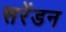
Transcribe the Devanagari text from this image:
सरेंडन